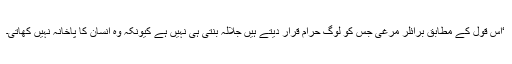
‘اس قول کے مطابق برائلر مرغی جس کو لوگ حرام قرار دیتے ہیں جلالہ بنتی ہی نہیں ہے کیونکہ وہ انسان کا پاخانہ نہیں کھاتی۔